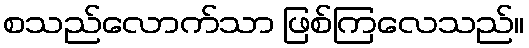
စသည်လောက်သာ ဖြစ်ကြလေသည်။